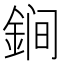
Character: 𲇏